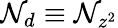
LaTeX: \mathcal{N}_{d}\equiv\mathcal{N}_{z^{2}}